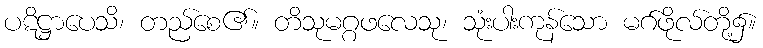
ပဋိဋ္ဌာပေသိ၊ တည်စေ၏။ တိသုမဂ္ဂဖလေသု၊ သုံးပါးကုန်သော မဂ်ဖိုလ်တို့၌။